Trukikaitis_Postimees, lk 14
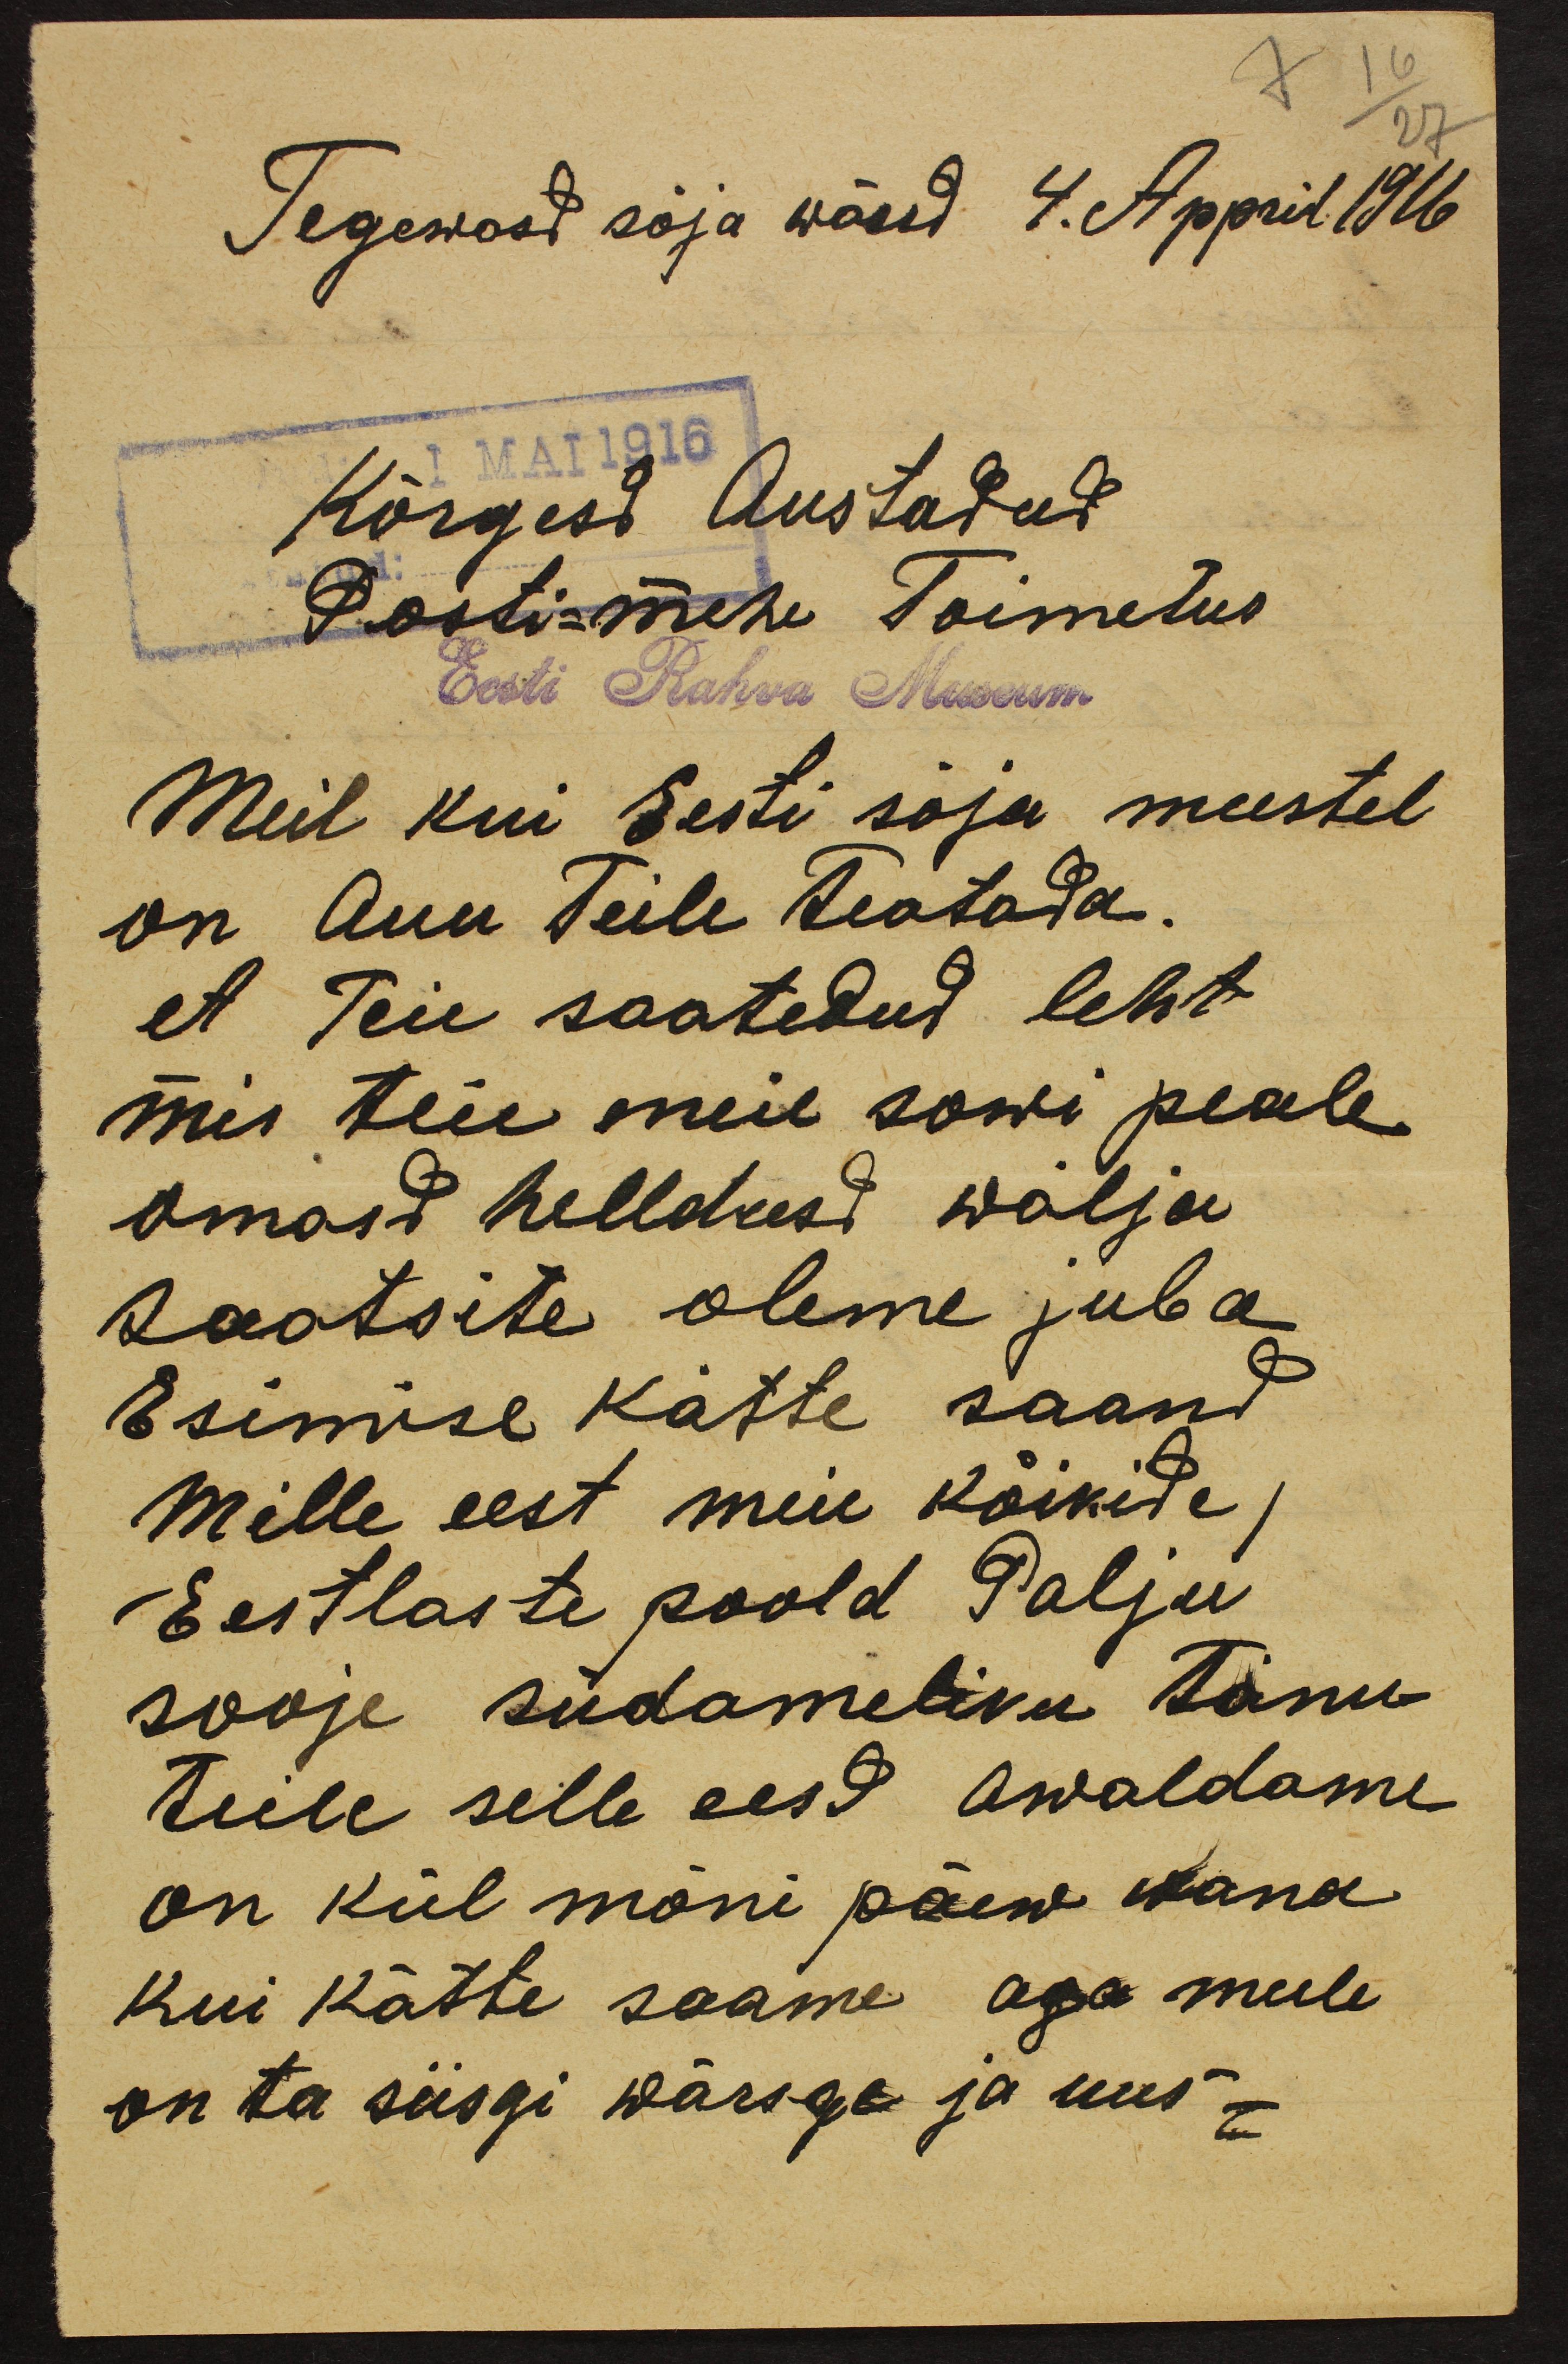
7 16
27

Tegewast sõja wäesd 4. April 1916.
MAI 1916
Kõrgest Austadud
Posti-mehe Toimetus
Eesti Rahva Museum
Meil kui Eesti sõja meestel
on Au Teile teatada.
et Teie saatedud leht
mis teie meie sowi peale
omasd helldusd wälja
saatsite oleme juba
Esimise kätte saand
Mille eest meie kõikide,
Eestlaste poold Palju
sooje südameloiku tänu
teile selle eesd awaldame
on kül mõni päew wana
kui kätte saame aga meile
on ta siisgi wärsge ja uus